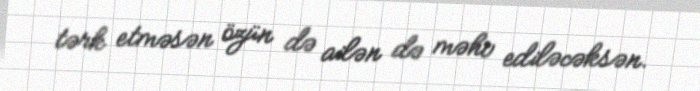
tərk etməsən özün də ailən də məhv ediləcəksən.